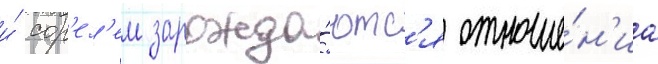
и́ сор'ел'ем зарожда́ютс'я отноше́н'иа